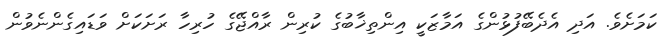
ކަމަށެވެ. އަދި އެދެބޭފުޅުންގެ އަމާޒަކީ އިންތިޚާބުގެ ކުރިން ރާއްޖޭގެ ހުރިހާ ރަށަކަށް ވަޑައިގެންނެވުން